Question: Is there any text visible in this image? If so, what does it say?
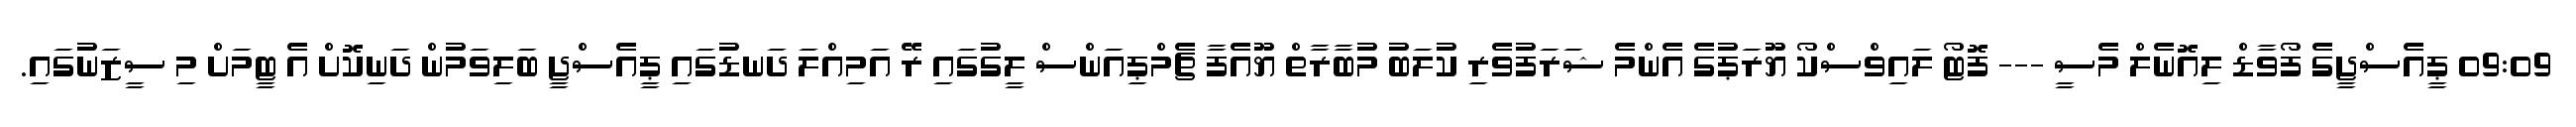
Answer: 09:09 ޕީއެސްޖީގެ ފޯވާޑް ލިއޮނެލް މެސީ --- ފޮޓޯ ލައިވްސްކޯ ޔޫރަޕުގެ އެންމެ ޝަރަފުވެރި ކުލަބު މުބާރާތް ޔޫއެފާ ޗެމްޕިއަންސް ލީގުގައި ރޭ އަމިއްލަ ދަނޑުގައި ޕީއެސްޖީ ބަލިވަމުން ދަނިކޮށް އެ ޓީމަށް މި ސީޒަނުގައި.